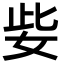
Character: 姕